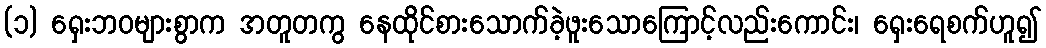
(၁) ရှေးဘဝများစွာက အတူတကွ နေထိုင်စားသောက်ခဲ့ဖူးသောကြောင့်လည်းကောင်း၊ ရှေးရေစက်ဟူ၍